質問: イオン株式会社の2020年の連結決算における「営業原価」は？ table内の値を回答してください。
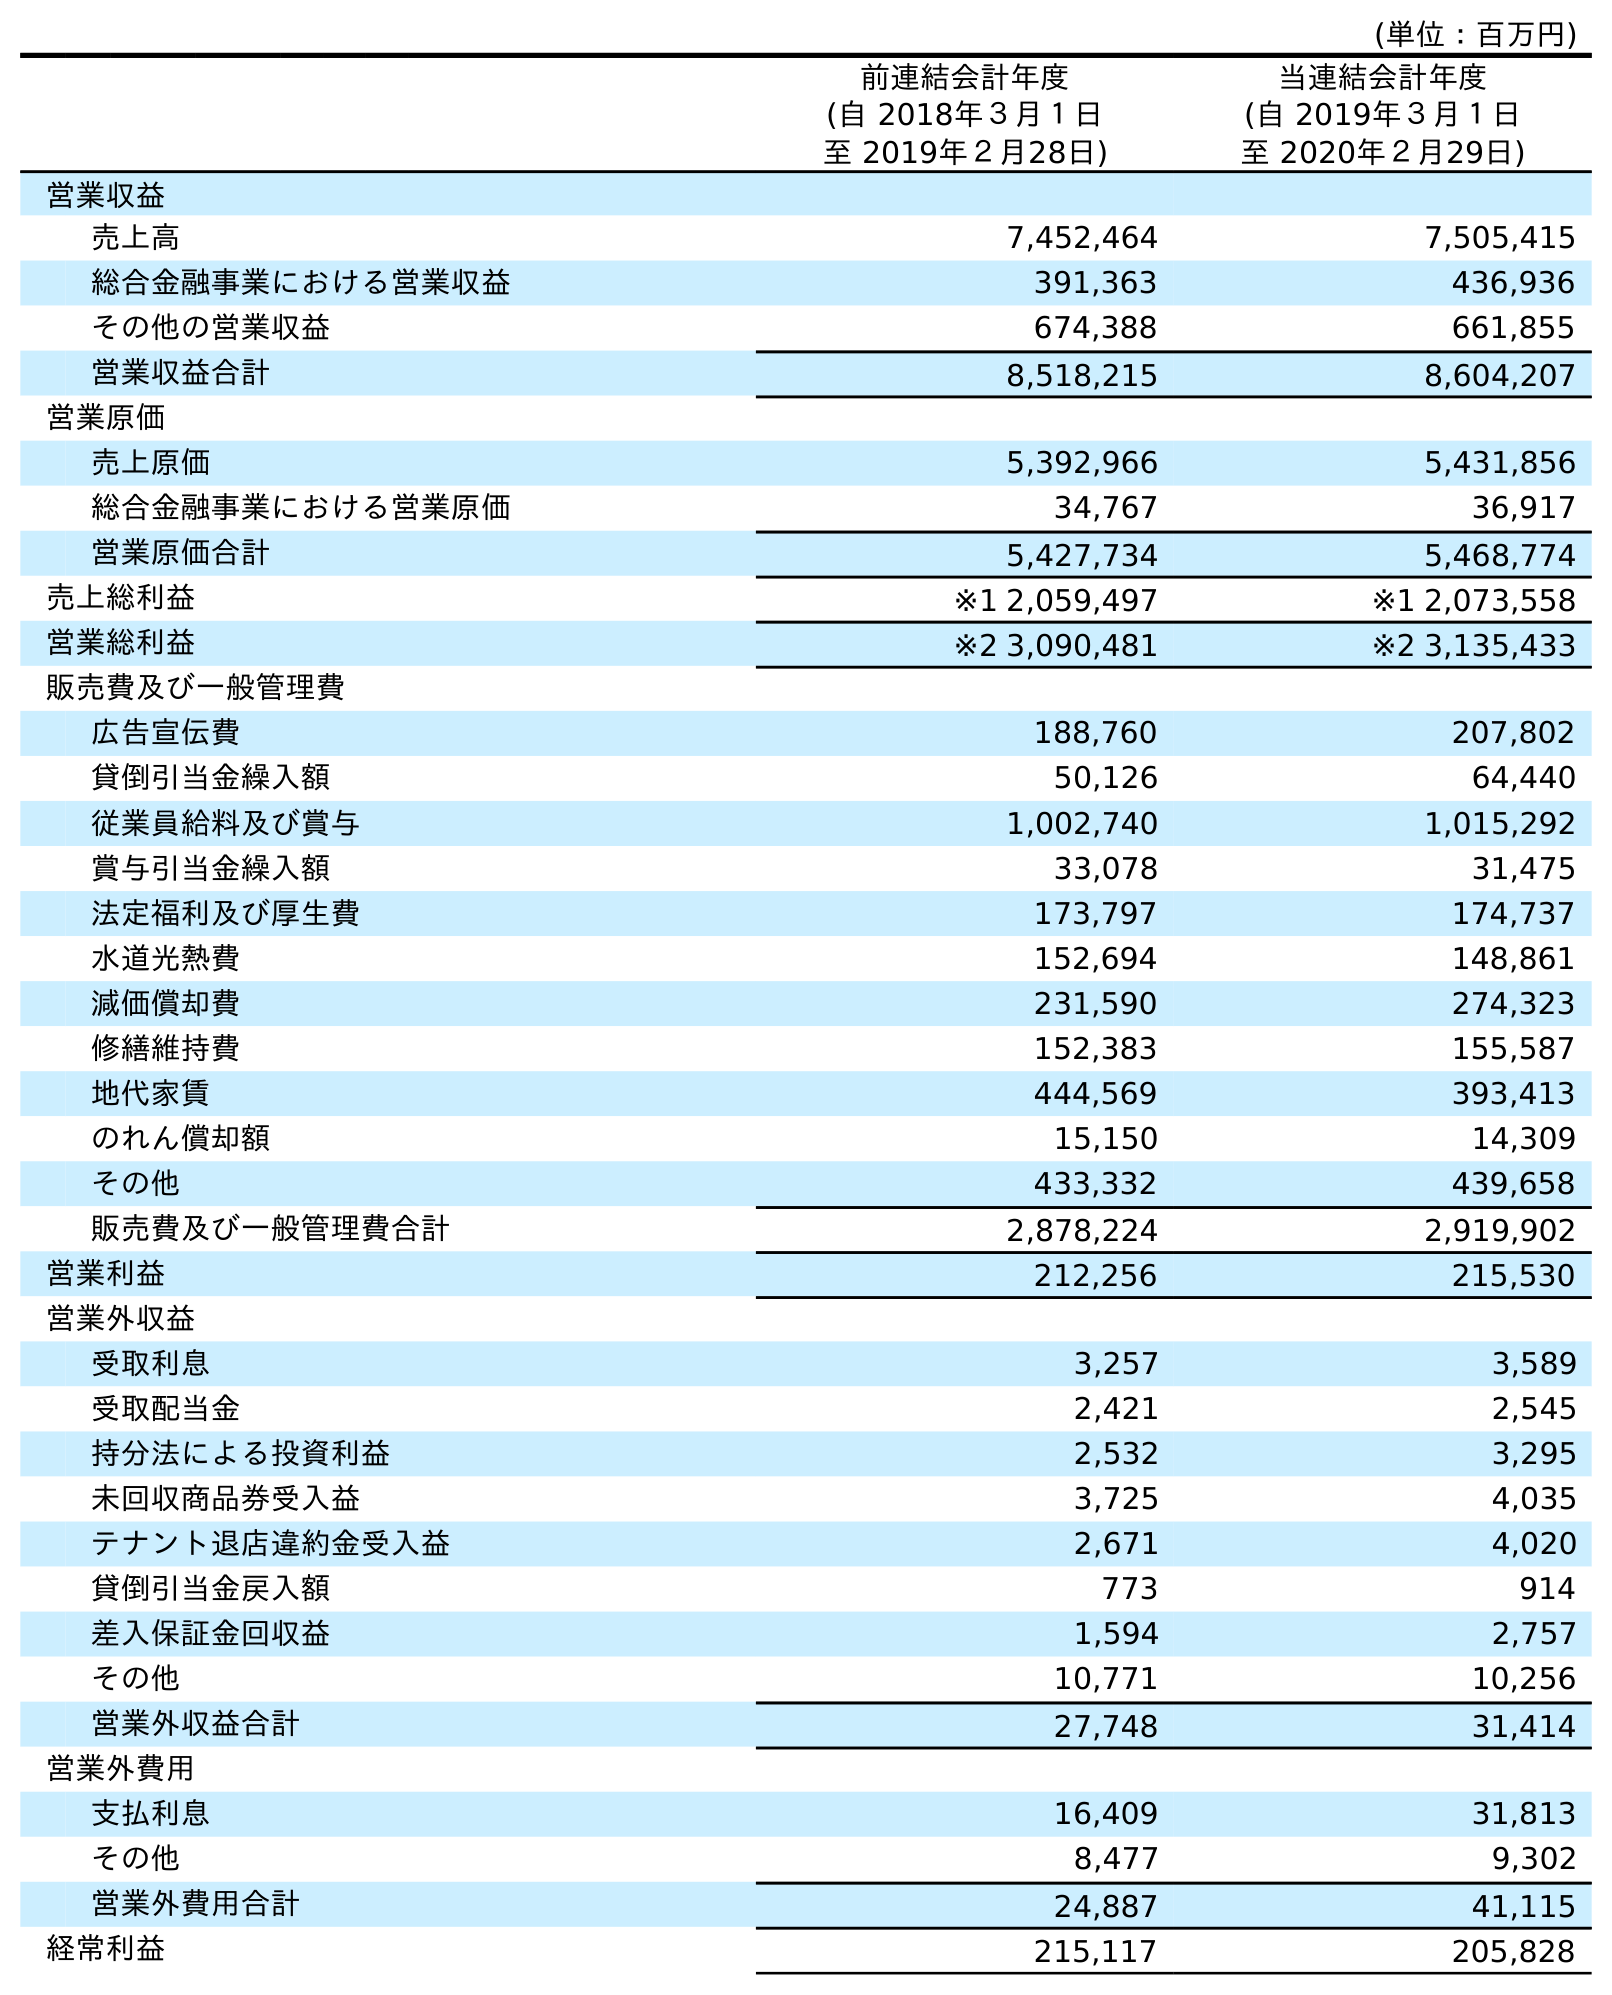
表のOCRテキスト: (単位：百万円) 前連結会計年度 (自 2018年３月１日 至 2019年２月28日) 当連結会計年度 (自 2019年３月１日 至 2020年２月29日) 営業収益 売上高 7,452,464 7,505,415 総合金融事業における営業収益 391,363 436,936 その他の営業収益 674,388 661,855 営業収益合計 8,518,215 8,604,207 営業原価 売上原価 5,392,966 5,431,856 総合金融事業における営業原価 34,767 36,917 営業原価合計 5,427,734 5,468,774 売上総利益 ※1 2,059,497 ※1 2,073,558 営業総利益 ※2 3,090,481 ※2 3,135,433 販売費及び一般管理費 広告宣伝費 188,760 207,802 貸倒引当金繰入額 50,126 64,440 従業員給料及び賞与 1,002,740 1,015,292 賞与引当金繰入額 33,078 31,475 法定福利及び厚生費 173,797 174,737 水道光熱費 152,694 148,861 減価償却費 231,590 274,323 修繕維持費 152,383 155,587 地代家賃 444,569 393,413 のれん償却額 15,150 14,309 その他 433,332 439,658 販売費及び一般管理費合計 2,878,224 2,919,902 営業利益 212,256 215,530 営業外収益 受取利息 3,257 3,589 受取配当金 2,421 2,545 持分法による投資利益 2,532 3,295 未回収商品券受入益 3,725 4,035 テナント退店違約金受入益 2,671 4,020 貸倒引当金戻入額 773 914 差入保証金回収益 1,594 2,757 その他 10,771 10,256 営業外収益合計 27,748 31,414 営業外費用 支払利息 16,409 31,813 その他 8,477 9,302 営業外費用合計 24,887 41,115 経常利益 215,117 205,828
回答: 5,468,774